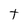
Character: t